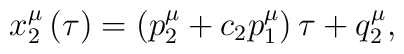
x_2^\mu \left( \tau \right) =\left( p_2^\mu +c_2p_1^\mu \right) \tau+q_2^\mu ,